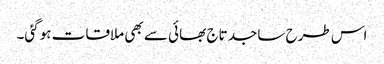
اس طرح ساجد تاج بھائی سے بھی ملاقات ہوگئی۔